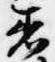
着